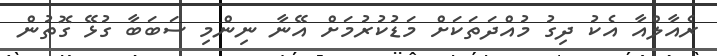
ރެއާލްއާ އެކު ދިގު މުއްދަތަކަށް މަޑުކުރުމަށް އޭނާ ނިންމި ސަބަބާ ގުޅޭ ގޮތުން